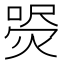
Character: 𤋚